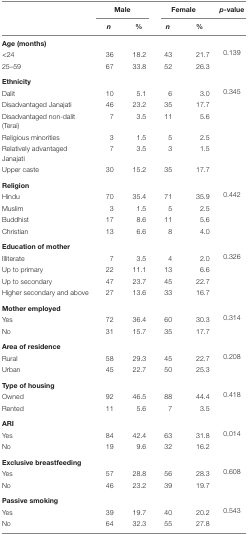
<table><thead><tr><td rowspan="3"></td><td colspan="2"><b>Male</b></td><td colspan="2"><b>Female</b></td><td><b><i>p</i>-value</b></td></tr><tr><td><b><i>n</i></b></td><td><b>%</b></td><td><b><i>n</i></b></td><td><b>%</b></td></tr></thead><tbody><tr><td colspan="6"><b>Age (months)</b></td></tr><tr><td>&lt;24</td><td>36</td><td>18.2</td><td>43</td><td>21.7</td><td>0.139</td></tr><tr><td>25–59</td><td>67</td><td>33.8</td><td>52</td><td>26.3</td></tr><tr><td colspan="6"><b>Ethnicity</b></td></tr><tr><td>Dalit</td><td>10</td><td>5.1</td><td>6</td><td>3.0</td><td>0.345</td></tr><tr><td>Disadvantaged Janajati</td><td>46</td><td>23.2</td><td>35</td><td>17.7</td></tr><tr><td>Disadvantaged non-dalit (Terai)</td><td>7</td><td>3.5</td><td>11</td><td>5.6</td></tr><tr><td>Religious minorities</td><td>3</td><td>1.5</td><td>5</td><td>2.5</td></tr><tr><td>Relatively advantaged Janajati</td><td>7</td><td>3.5</td><td>3</td><td>1.5</td></tr><tr><td>Upper caste</td><td>30</td><td>15.2</td><td>35</td><td>17.7</td></tr><tr><td colspan="6"><b>Religion</b></td></tr><tr><td>Hindu</td><td>70</td><td>35.4</td><td>71</td><td>35.9</td><td>0.442</td></tr><tr><td>Muslim</td><td>3</td><td>1.5</td><td>5</td><td>2.5</td></tr><tr><td>Buddhist</td><td>17</td><td>8.6</td><td>11</td><td>5.6</td></tr><tr><td>Christian</td><td>13</td><td>6.6</td><td>8</td><td>4.0</td></tr><tr><td colspan="6"><b>Education of mother</b></td></tr><tr><td>Illiterate</td><td>7</td><td>3.5</td><td>4</td><td>2.0</td><td>0.326</td></tr><tr><td>Up to primary</td><td>22</td><td>11.1</td><td>13</td><td>6.6</td></tr><tr><td>Up to secondary</td><td>47</td><td>23.7</td><td>45</td><td>22.7</td></tr><tr><td>Higher secondary and above</td><td>27</td><td>13.6</td><td>33</td><td>16.7</td></tr><tr><td colspan="6"><b>Mother employed</b></td></tr><tr><td>Yes</td><td>72</td><td>36.4</td><td>60</td><td>30.3</td><td>0.314</td></tr><tr><td>No</td><td>31</td><td>15.7</td><td>35</td><td>17.7</td></tr><tr><td colspan="6"><b>Area of residence</b></td></tr><tr><td>Rural</td><td>58</td><td>29.3</td><td>45</td><td>22.7</td><td>0.208</td></tr><tr><td>Urban</td><td>45</td><td>22.7</td><td>50</td><td>25.3</td></tr><tr><td colspan="6"><b>Type of housing</b></td></tr><tr><td>Owned</td><td>92</td><td>46.5</td><td>88</td><td>44.4</td><td>0.418</td></tr><tr><td>Rented</td><td>11</td><td>5.6</td><td>7</td><td>3.5</td></tr><tr><td colspan="6"><b>ARI</b></td></tr><tr><td>Yes</td><td>84</td><td>42.4</td><td>63</td><td>31.8</td><td>0.014</td></tr><tr><td>No</td><td>19</td><td>9.6</td><td>32</td><td>16.2</td></tr><tr><td colspan="6"><b>Exclusive breastfeeding</b></td></tr><tr><td>Yes</td><td>57</td><td>28.8</td><td>56</td><td>28.3</td><td>0.608</td></tr><tr><td>No</td><td>46</td><td>23.2</td><td>39</td><td>19.7</td></tr><tr><td colspan="6"><b>Passive smoking</b></td></tr><tr><td>Yes</td><td>39</td><td>19.7</td><td>40</td><td>20.2</td><td>0.543</td></tr><tr><td>No</td><td>64</td><td>32.3</td><td>55</td><td>27.8</td></tr></tbody></table>